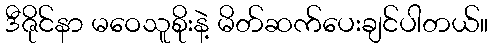
ဒီဇိုင်နာ မဝေသူစိုးနဲ့ မိတ်ဆက်ပေးချင်ပါတယ်။